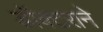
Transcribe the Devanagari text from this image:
डॉक्टराने